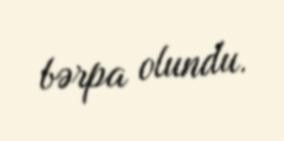
bərpa olundu.